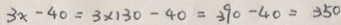
3 x - 4 0 = 3 \times 1 3 0 - 4 0 = 3 9 0 - 4 0 = 3 5 0